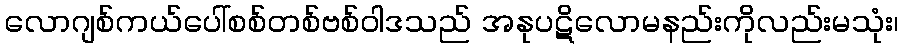
လောဂျစ်ကယ်ပေါ်စစ်တစ်ဗစ်ဝါဒသည် အနုပဋိလောမနည်းကိုလည်းမသုံး၊